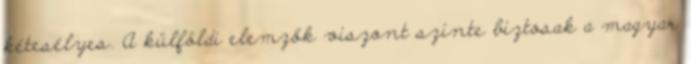
kétesélyes. A külföldi elemzők viszont szinte biztosak a magyar